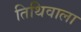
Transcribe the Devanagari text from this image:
तिथिवाला